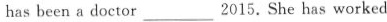
has been a doctor___2015. She has worked